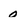
Character: 0